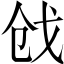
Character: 戗